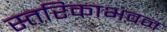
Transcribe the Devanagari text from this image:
स्तरिकाभवन